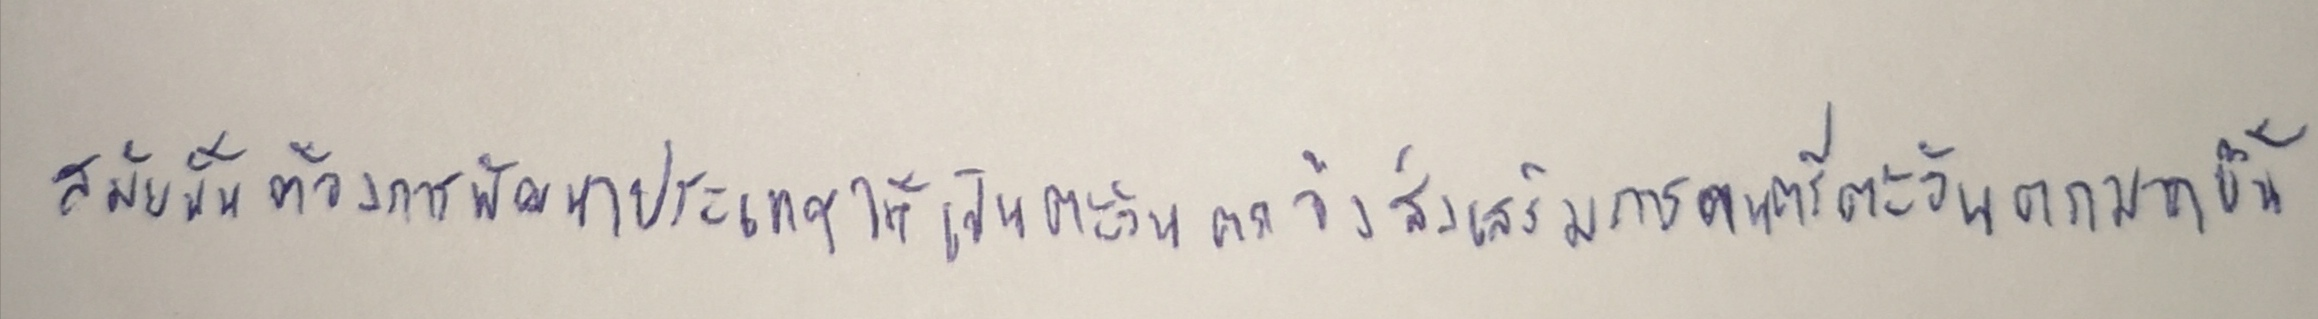
สมัยนั้นต้องการพัฒนาประเทศให้เป็นตะวันตกจึงส่งเสริมการดนตรีตะวันตกมากขึ้น